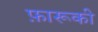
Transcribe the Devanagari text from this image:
फ़ारूकी